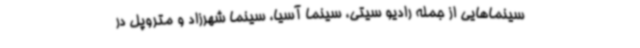
سینماهایی از جمله رادیو سیتی، سینما آسیا، سینما شهرزاد و متروپل در